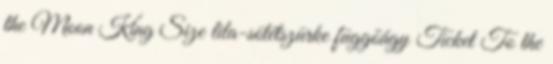
the Moon King Size lila-sötétszürke függőágy Ticket To the